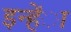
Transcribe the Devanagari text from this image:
इन्हेंा